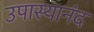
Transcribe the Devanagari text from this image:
उपास्यानंद